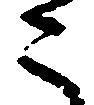
こ